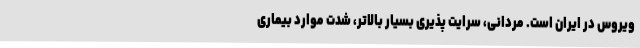
ویروس در ایران است. مردانی، سرایت پذیری بسیار بالاتر، شدت موارد بیماری